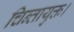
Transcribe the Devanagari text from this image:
चिन्तायुक्त।